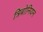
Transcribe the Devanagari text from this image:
त्रिबोनियन